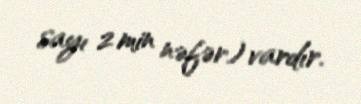
sayı 2 min nəfər) vardır.